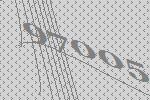
97005